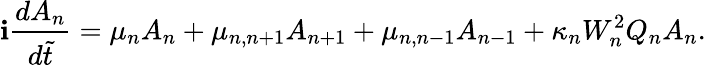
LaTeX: \mathbf{i}\frac{{dA_{n}}}{{d\tilde{{t}}}}=\mu_{n}A_{n}+\mu_{n,n+1}A_{n+1}+\mu_{n,n-1}A_{n-1}+\kappa_{n}W_{n}^{2}Q_{n}A_{n}.